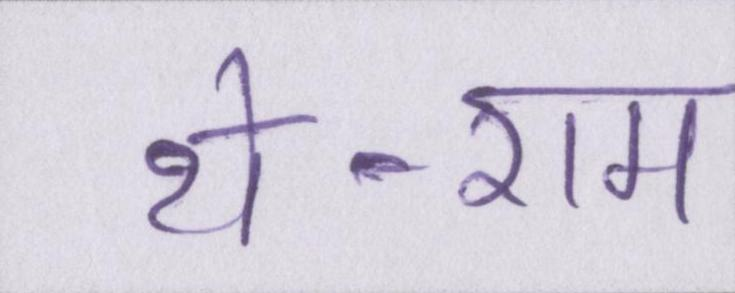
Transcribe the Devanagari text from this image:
थे-राम